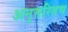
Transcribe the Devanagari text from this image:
अनुत्तरितच